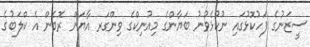
ސީޒަނުގެ ފަހުކޮޅުގައި ނުކުޅެވުނު ބަޔާންގެ މިއުނިކްގެ ވިންގަރ އާޔަން ރޮބެން އެ ކްލަބުގެ